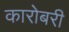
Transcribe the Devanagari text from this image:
कारोबरी